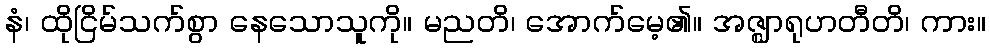
နံ၊ ထိုငြိမ်သက်စွာ နေသောသူကို။ မညတိ၊ အောက်မေ့၏။ အဇ္ဈာရုဟတီတိ၊ ကား။